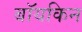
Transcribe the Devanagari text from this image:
बॉयकिन